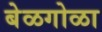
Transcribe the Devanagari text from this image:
बेळगोळा